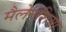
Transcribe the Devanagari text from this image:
मैलेनेशिया